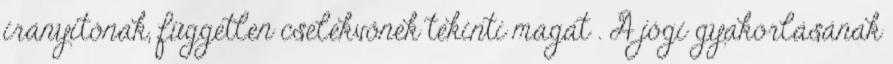
irányítónak, független cselekvőnek tekinti magát . A jógi gyakorlásának